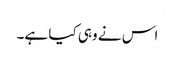
اس نے وہی کیا ہے۔